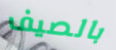
بالصيف